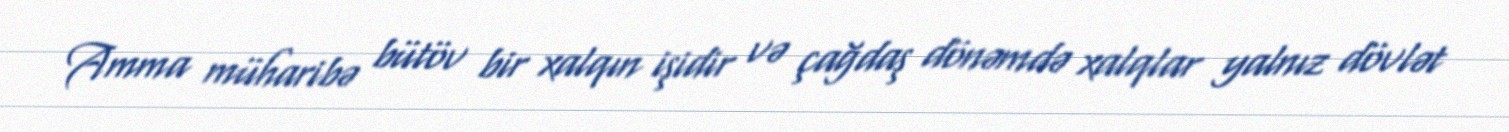
Amma müharibə bütöv bir xalqın işidir və çağdaş dönəmdə xalqlar yalnız dövlət